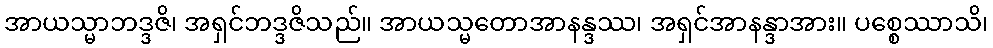
အာယသ္မာဘဒ္ဒဇိ၊ အရှင်ဘဒ္ဒဇိသည်။ အာယသ္မတောအာနန္ဒဿ၊ အရှင်အာနန္ဒာအား။ ပစ္စေဿာသိ၊